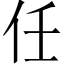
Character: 任